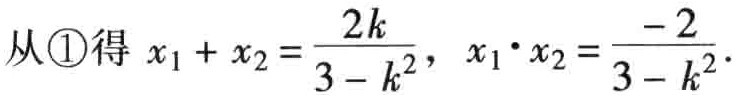
从\textcircled{1}得 \(x_{1}+x_{2}=\frac{2k}{3 - k^{2}}\)，\(x_{1}\cdot x_{2}=\frac{- 2}{3 - k^{2}}\)。